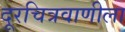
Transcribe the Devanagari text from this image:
दूरचित्रवाणीला